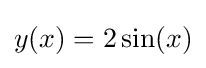
y(x)=2\sin(x)